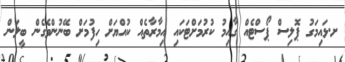
ށ.ޅައިމަގު ޕޮލިސް ޕޯސްޓެއް ގާއިމު ކުރުމަށްޓަކައި އިމާރާތެއް ކުއްޔަށް ހިފުމަށް ބޭނުންވެގެން ބީލަން